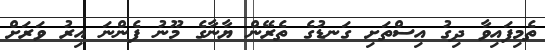
ތެމިފައިވާ ދިގު އިސްތަށި ގަނޑުގެ ތެރޭން ޔާނާގެ މޫނު ފެންނަ އިރު ވަރަށް